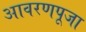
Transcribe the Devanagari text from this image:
आवरणपूजा